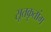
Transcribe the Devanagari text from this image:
सूतकृतांग